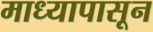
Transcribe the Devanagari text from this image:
माध्यापासून